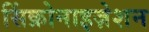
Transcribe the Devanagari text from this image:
सिंक्रोनाइज़ेशन